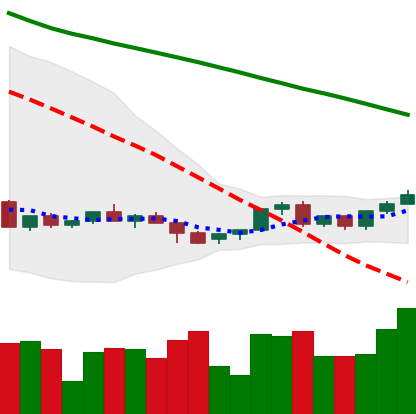
Ticker: LINK-USD
Chart end date: 2022-06-06
Forward return: -11.928%
Label: down_7plus